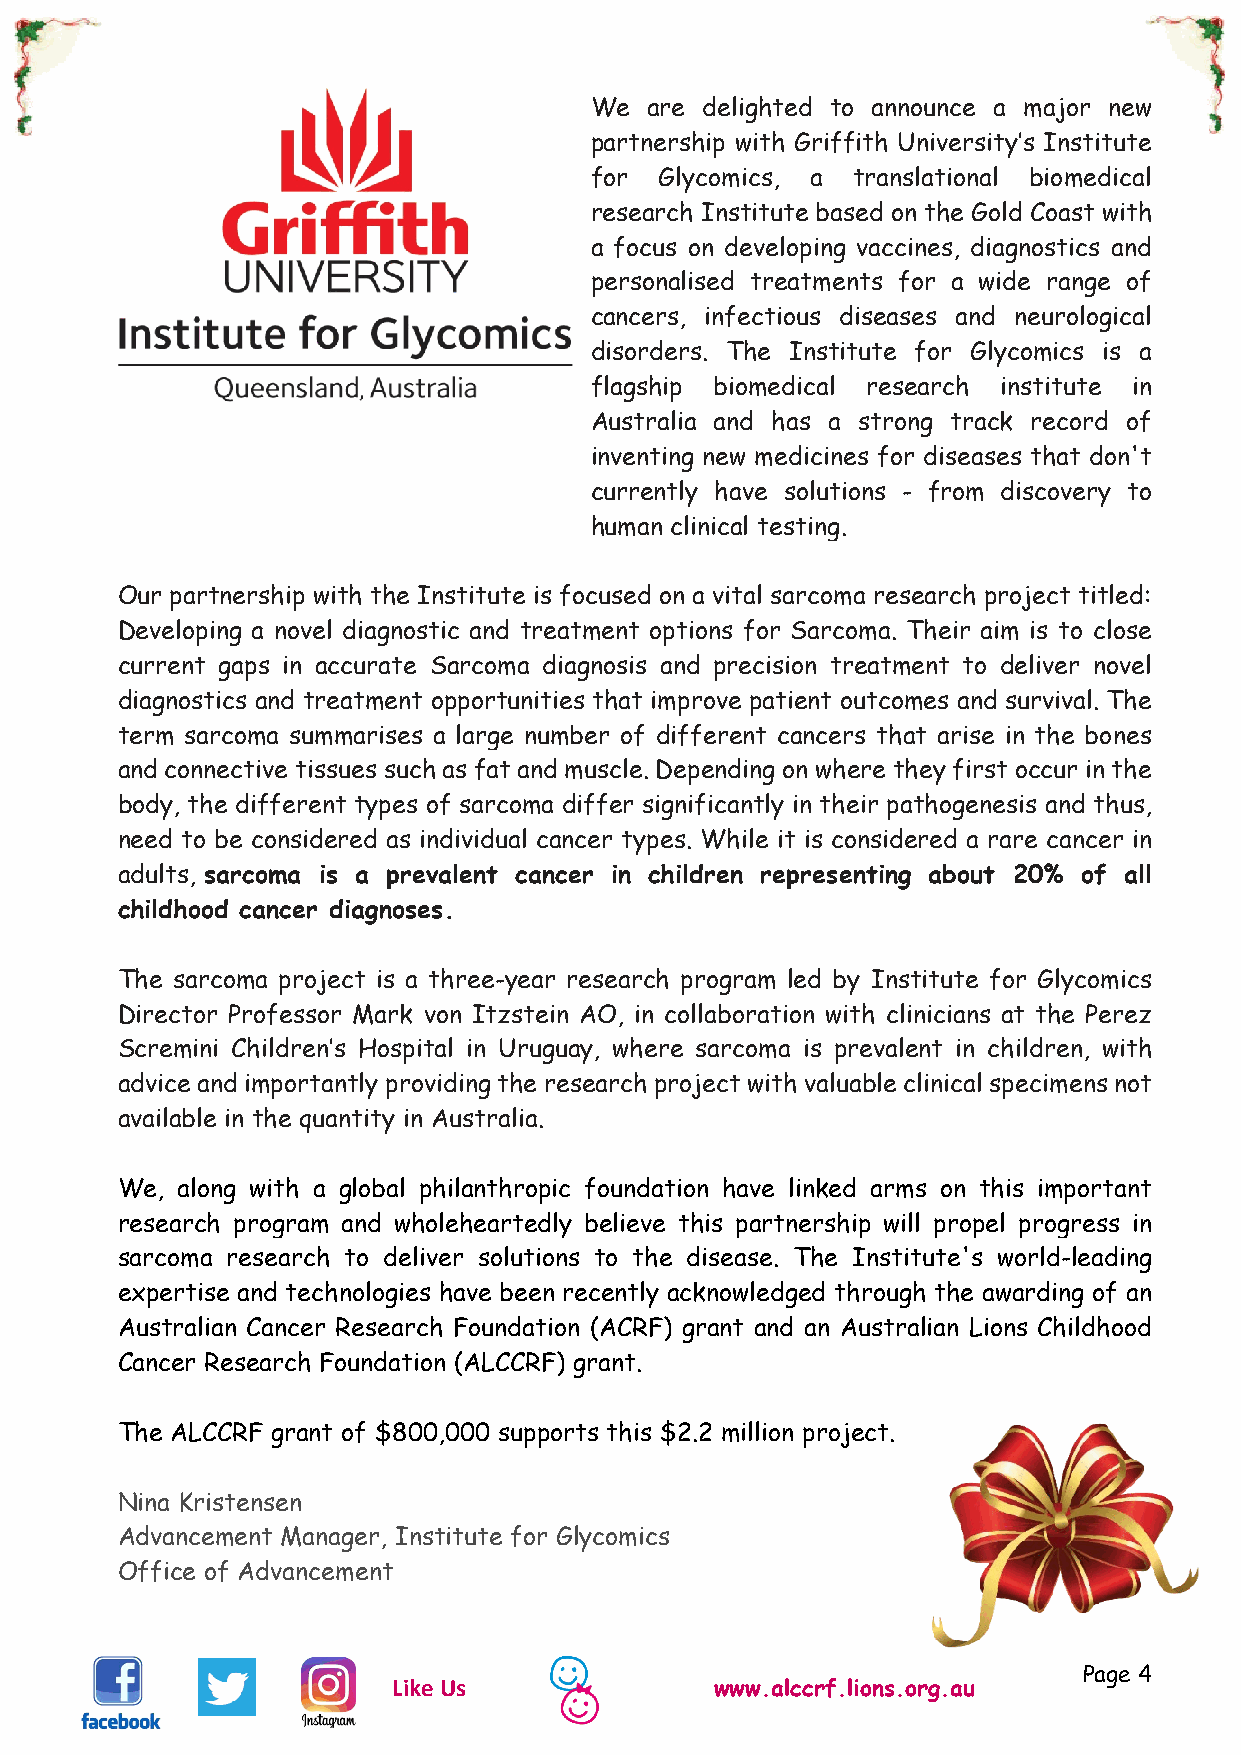
We  are delighted to announce a major new
 partnership with Griffith University’s Institute
 for  Glycomics, a translational biomedical
 research Institute based on the Gold Coast with
 a focus on developing vaccines, diagnostics and
 personalised treatments for a wide range of
 cancers, infectious diseases and neurological
 disorders. The Institute for Glycomics is a
 flagship biomedical research institute in
 Australia and has a strong track record of
 inventing new medicines for diseases that don't
 currently have solutions - from discovery to
 human clinical testing.
 Our partnership with the Institute is focused on a vital sarcoma research project titled:
 Developing a novel diagnostic and treatment options for Sarcoma. Their aim is to close
 current gaps in accurate Sarcoma diagnosis and precision treatment to deliver novel
 diagnostics and treatment opportunities that improve patient outcomes and survival. The
 term sarcoma summarises a large number of different cancers that arise in the bones
 and connective tissues such as fat and muscle. Depending on where they first occur in the
 body, the different types of sarcoma differ significantly in their pathogenesis and thus,
 need to be considered as individual cancer types. While it is considered a rare cancer in
 adults, sarcoma is a prevalent cancer in children representing about 20% of all
 childhood cancer diagnoses.
 The sarcoma project is a three-year research program led by Institute for Glycomics
 Director Professor Mark von Itzstein AO, in collaboration with clinicians at the Perez
 Scremini Children’s Hospital in Uruguay, where sarcoma is prevalent in children, with
 advice and importantly providing the research project with valuable clinical specimens not
 available in the quantity in Australia.
 We, along with a global philanthropic foundation have linked arms on this important
 research program and wholeheartedly believe this partnership will propel progress in
 sarcoma research to deliver solutions to the disease. The Institute's world-leading
 expertise and technologies have been recently acknowledged through the awarding of an
 Australian Cancer Research Foundation (ACRF) grant and an Australian Lions Childhood
 Cancer Research Foundation (ALCCRF) grant.
 The ALCCRF grant of $800,000 supports this $2.2 million project.
 Nina Kristensen
 Advancement Manager, Institute for Glycomics
 Office of Advancement
 Page 4
 Like Us              www.alccrf.lions.org.au